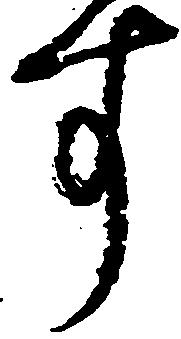
す